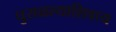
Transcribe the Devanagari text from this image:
घुसळल्याशिवाय